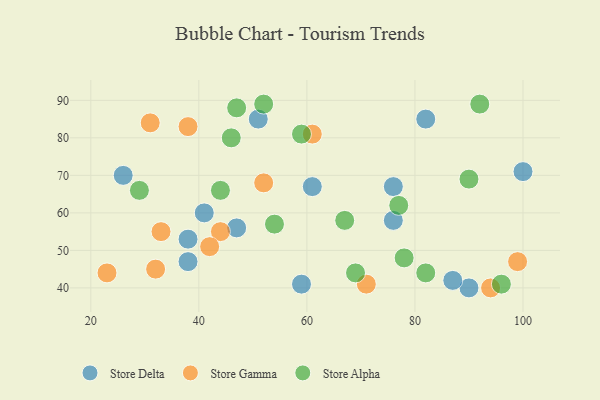
{"axis": {"x": "GDP", "y": "Life Expectancy"}, "legend": ["Store Alpha", "Store Delta", "Store Gamma"], "data": [{"x": "82", "y": 85, "type": "Store Delta"}, {"x": "90", "y": 40, "type": "Store Delta"}, {"x": "61", "y": 67, "type": "Store Delta"}, {"x": "87", "y": 42, "type": "Store Delta"}, {"x": "76", "y": 58, "type": "Store Delta"}, {"x": "47", "y": 56, "type": "Store Delta"}, {"x": "76", "y": 67, "type": "Store Delta"}, {"x": "38", "y": 53, "type": "Store Delta"}, {"x": "26", "y": 70, "type": "Store Delta"}, {"x": "38", "y": 47, "type": "Store Delta"}, {"x": "100", "y": 71, "type": "Store Delta"}, {"x": "41", "y": 60, "type": "Store Delta"}, {"x": "59", "y": 41, "type": "Store Delta"}, {"x": "51", "y": 85, "type": "Store Delta"}, {"x": "31", "y": 84, "type": "Store Gamma"}, {"x": "44", "y": 55, "type": "Store Gamma"}, {"x": "23", "y": 44, "type": "Store Gamma"}, {"x": "52", "y": 68, "type": "Store Gamma"}, {"x": "99", "y": 47, "type": "Store Gamma"}, {"x": "38", "y": 83, "type": "Store Gamma"}, {"x": "33", "y": 55, "type": "Store Gamma"}, {"x": "94", "y": 40, "type": "Store Gamma"}, {"x": "71", "y": 41, "type": "Store Gamma"}, {"x": "32", "y": 45, "type": "Store Gamma"}, {"x": "42", "y": 51, "type": "Store Gamma"}, {"x": "61", "y": 81, "type": "Store Gamma"}, {"x": "52", "y": 89, "type": "Store Alpha"}, {"x": "47", "y": 88, "type": "Store Alpha"}, {"x": "77", "y": 62, "type": "Store Alpha"}, {"x": "67", "y": 58, "type": "Store Alpha"}, {"x": "90", "y": 69, "type": "Store Alpha"}, {"x": "69", "y": 44, "type": "Store Alpha"}, {"x": "44", "y": 66, "type": "Store Alpha"}, {"x": "59", "y": 81, "type": "Store Alpha"}, {"x": "96", "y": 41, "type": "Store Alpha"}, {"x": "54", "y": 57, "type": "Store Alpha"}, {"x": "29", "y": 66, "type": "Store Alpha"}, {"x": "78", "y": 48, "type": "Store Alpha"}, {"x": "46", "y": 80, "type": "Store Alpha"}, {"x": "92", "y": 89, "type": "Store Alpha"}, {"x": "82", "y": 44, "type": "Store Alpha"}]}